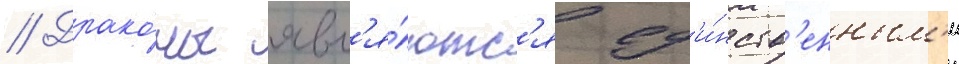
// Драко́ны явл'я́ютс'я ед'и́нств'енным'и